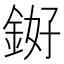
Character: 𬫓